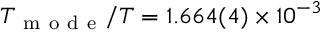
T _ { \mathrm { ~ m ~ o ~ d ~ e ~ } } / T = 1 . 6 6 4 ( 4 ) \times 1 0 ^ { - 3 }